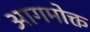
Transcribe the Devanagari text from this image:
आगमोक्त